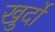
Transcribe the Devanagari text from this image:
खुर्दो